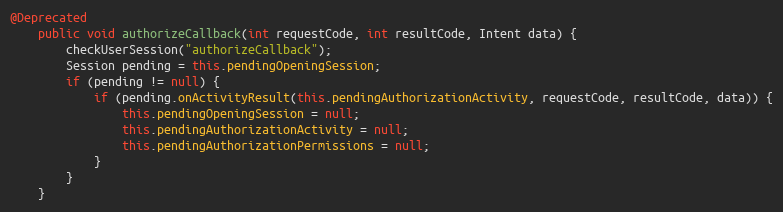
Language: Java
@Deprecated
    public void authorizeCallback(int requestCode, int resultCode, Intent data) {
        checkUserSession("authorizeCallback");
        Session pending = this.pendingOpeningSession;
        if (pending != null) {
            if (pending.onActivityResult(this.pendingAuthorizationActivity, requestCode, resultCode, data)) {
                this.pendingOpeningSession = null;
                this.pendingAuthorizationActivity = null;
                this.pendingAuthorizationPermissions = null;
            }
        }
    }